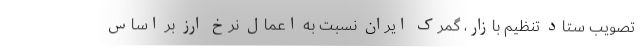
تصویب ستاد تنظیم بازار، گمرک ایران نسبت به اعمال نرخ ارز بر اساس